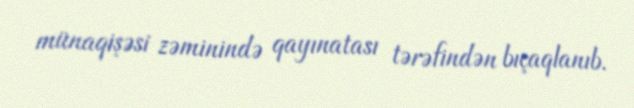
münaqişəsi zəminində qayınatası tərəfindən bıçaqlanıb.